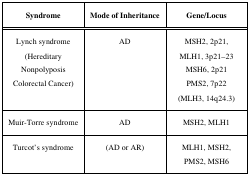
<table><thead><tr><td><b>Syndrome</b></td><td><b>Mode of Inheritance</b></td><td><b>Gene/Locus</b></td></tr></thead><tbody><tr><td>Lynch syndrome (Hereditary Nonpolyposis Colorectal Cancer)</td><td>AD</td><td>MSH2, 2p21, MLH1, 3p21–23 MSH6, 2p21 PMS2, 7p22 (MLH3, 14q24.3)</td></tr><tr><td>Muir-Torre syndrome</td><td>AD</td><td>MSH2, MLH1</td></tr><tr><td>Turcot’s syndrome</td><td>(AD or AR)</td><td>MLH1, MSH2, PMS2, MSH6</td></tr></tbody></table>